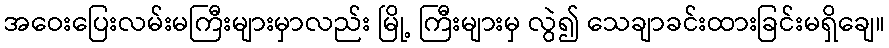
အဝေးပြေးလမ်းမကြီးများမှာလည်း မြို့ ကြီးများမှ လွဲ၍ သေချာခင်းထားခြင်းမရှိချေ။